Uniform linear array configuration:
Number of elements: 12
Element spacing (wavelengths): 0.5
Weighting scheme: cosine
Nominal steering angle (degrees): -15
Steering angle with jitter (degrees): -15.39
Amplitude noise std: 0.05
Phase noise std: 0.05

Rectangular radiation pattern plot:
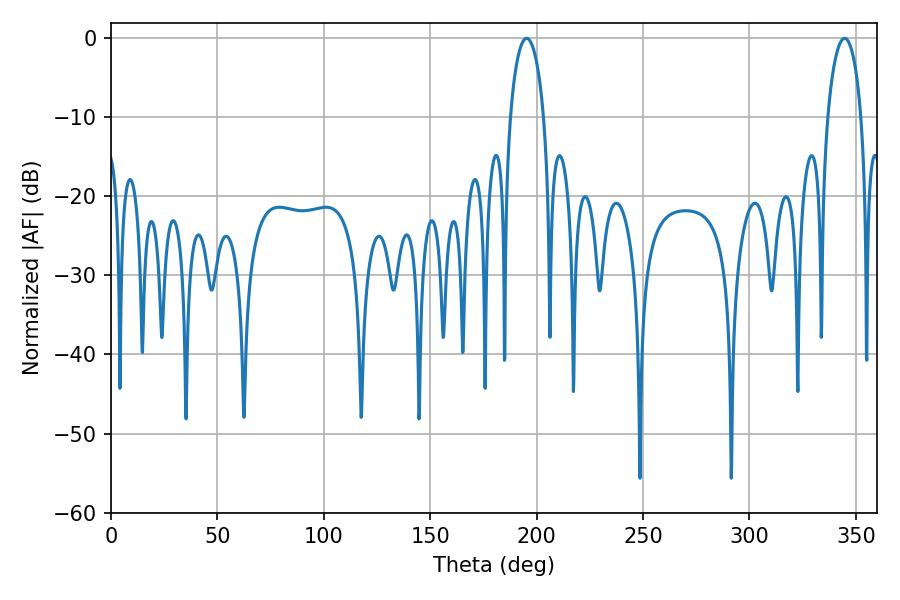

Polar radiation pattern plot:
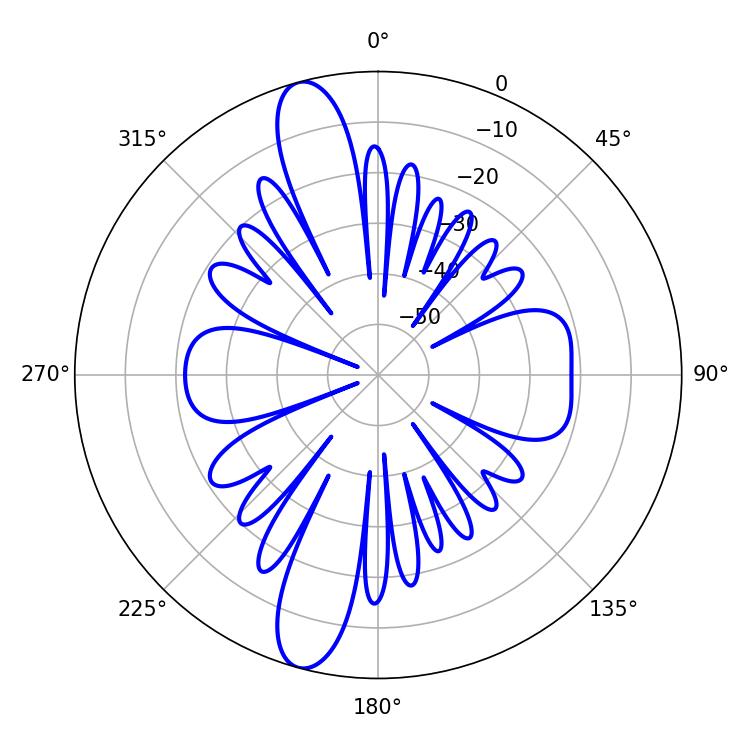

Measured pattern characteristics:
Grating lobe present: FALSE
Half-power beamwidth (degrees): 9
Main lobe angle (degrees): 344.7